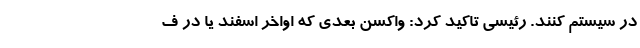
در سیستم کنند. رئیسی تاکید کرد: واکسن بعدی که اواخر اسفند یا در ف